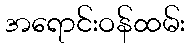
အရောင်းဝန်ထမ်း